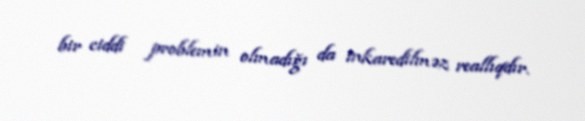
bir ciddi problemin olmadığı da inkaredilməz reallıqdır.